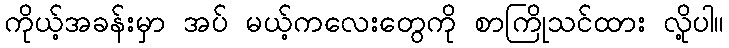
ကိုယ့်အခန်းမှာ အပ် မယ့်ကလေးတွေကို စာကြိုသင်ထား လို့ပါ။